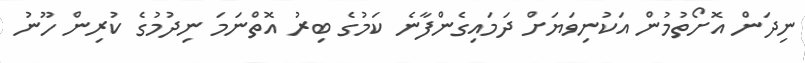
ނިދަން އޮށޯތުމުން އަކުނިވަޔަށް ދަމައިގެންފާނެ ކަމުގެ ބިރު އޮތްނަމަ ނިދުމުގެ ކުރިން ހޫނު